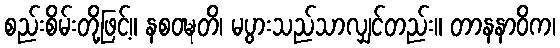
စည်းစိမ်းတို့ဖြင့်။ နစဝဍ္ဎတိ၊ မပွားသည်သာလျှင်တည်း။ တာနနာဝိက၊